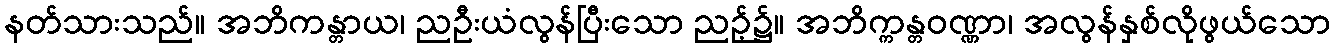
နတ်သားသည်။ အဘိကန္တာယ၊ ညဦးယံလွန်ပြီးသော ညဉ့်၌။ အဘိက္ကန္တဝဏ္ဏာ၊ အလွန်နှစ်လိုဖွယ်သော